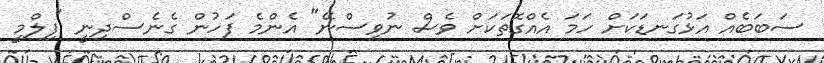
ސަބަބެއް އަޅުގަނޑަކަށް ހަމަ އެއްގޮތަކަށް ވެސް ނުވިސްނޭ" އެންމެ ފަހުން ގެނެސްދިނީ "ފިލްމީ